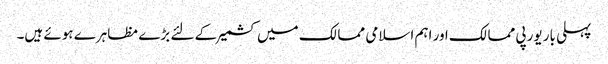
پہلی بار یورپی ممالک اور اہم اسلامی ممالک میں کشمیر کے لئے بڑے مظاہرے ہوئے ہیں۔